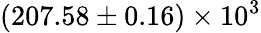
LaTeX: (207.58\pm 0.16)\times 10^{3}